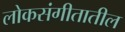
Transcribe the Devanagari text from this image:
लोकसंगीतातील